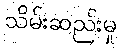
သိမ်းဆည်းမှု